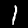
Label: 1